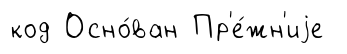
код Осно́ван Пр'е́жн'иjе